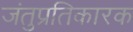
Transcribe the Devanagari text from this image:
जंतुप्रतिकारक